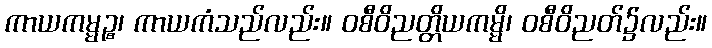
ကာယကမ္မဉ္စ၊ ကာယကံသည်လည်း။ ဝစီဝိညတ္တိယကမ္မိ၊ ဝစီဝိညတ်၌လည်း။